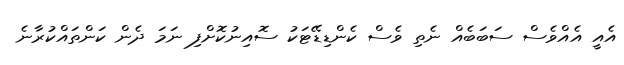
އެއީ އެއްވެސް ސަބަބެއް ނެތި ވެސް ކެންޑިޑޭޓަކު ސޮއިނުކޮށްފި ނަމަ ދެން ކަންތައްކުރާނެ